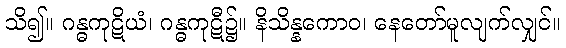
သိ၍။ ဂန္ဓကုဋိယံ၊ ဂန္ဓကုဋီ၌။ နိသိန္နကောဝ၊ နေတော်မူလျက်လျှင်။